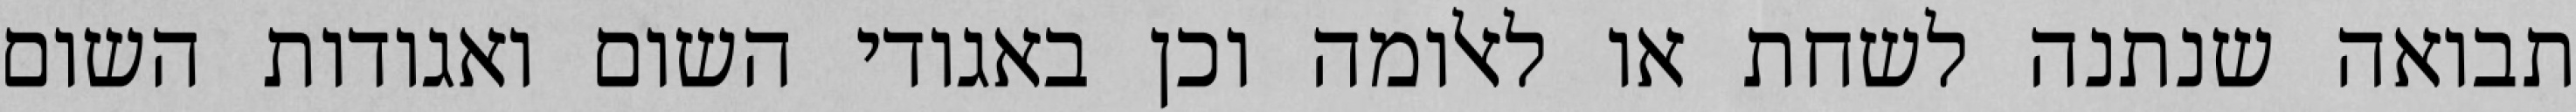
תבואה שנתנה לשחת או לאלומה וכן באגודי השום ואגודות השום